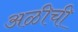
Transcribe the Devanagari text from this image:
अळीची